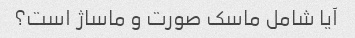
آیا شامل ماسک صورت و ماساژ است؟